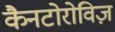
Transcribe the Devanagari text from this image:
कैनटोरोविज़